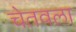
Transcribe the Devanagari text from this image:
चेतवला